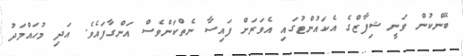
ބޭންކުން ވަނީ ޝިފާޒްގެ އެކައުންޓުގައި އެވަރަށް ފައިސާ ނެތްކަންވެސް އަންގާފައެވެ. އަދި މުހައްމަދު